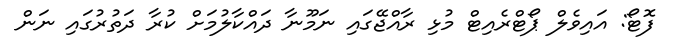
ފޮޓޯ: އައިވެލް ޕޯޓްރެއިޓް މުޅި ރާއްޖޭގައި ނަމޫނާ ދައްކާލުމަށް ކުރާ ދަތުރުގައި ނަން